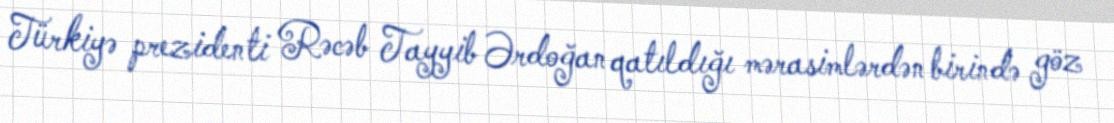
Türkiyə prezidenti Rəcəb Tayyib Ərdoğan qatıldığı mərasimlərdən birində göz